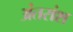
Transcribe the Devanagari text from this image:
अंतरांश